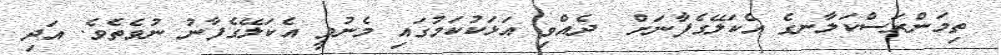
ތިމަންރަސްކަލާނގެ އެކަލޭގެފާނަށް  ދެއްވި އަޅަކުކަމުގައި މެނުވީ އެކަލޭގެފާނު ނުވެތެވެ. އަދި